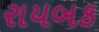
રાયબક